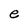
Character: e